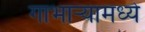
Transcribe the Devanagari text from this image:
गाभाऱ्यामध्ये